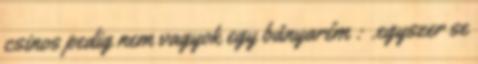
csinos pedig nem vagyok egy bányarém : .egyszer se